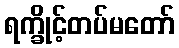
ရက္ခိုင့်တပ်မတော်